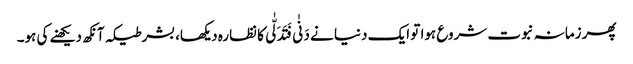
پھر زمانہ نبوت شروع ہوا تو ایک دنیا نے دَنٰی فَتَدَلّٰی کا نظارہ دیکھا، بشرطیکہ آنکھ دیکھنے کی ہو۔